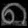
Digit: ၈